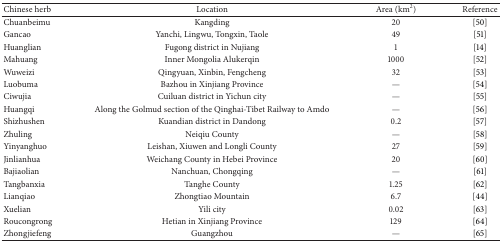
<table><thead><tr><td><b>Chinese herb</b></td><td><b>Location</b></td><td><b>Area (km<sup>2</sup>)</b></td><td><b>Reference</b></td></tr></thead><tbody><tr><td>Chuanbeimu</td><td>Kangding </td><td>20</td><td>[50]</td></tr><tr><td>Gancao</td><td>Yanchi, Lingwu, Tongxin, Taole</td><td>49</td><td>[51]</td></tr><tr><td>Huanglian</td><td>Fugong district in Nujiang</td><td>1</td><td>[14]</td></tr><tr><td>Mahuang</td><td>Inner Mongolia Alukerqin</td><td>1000</td><td>[52]</td></tr><tr><td>Wuweizi</td><td>Qingyuan, Xinbin, Fengcheng</td><td>32 </td><td>[53]</td></tr><tr><td>Luobuma</td><td>Bazhou in Xinjiang Province</td><td>—</td><td>[54]</td></tr><tr><td>Ciwujia</td><td>Cuiluan district in Yichun city </td><td>—</td><td>[55]</td></tr><tr><td>Huangqi</td><td>Along the Golmud section of the Qinghai-Tibet Railway to Amdo</td><td>—</td><td>[56]</td></tr><tr><td>Shizhushen</td><td>Kuandian district in Dandong</td><td>0.2</td><td>[57]</td></tr><tr><td>Zhuling</td><td>Neiqiu County</td><td>—</td><td>[58]</td></tr><tr><td>Yinyanghuo</td><td>Leishan, Xiuwen and Longli County</td><td>27</td><td>[59]</td></tr><tr><td>Jinlianhua</td><td>Weichang County in Hebei Province</td><td>20</td><td>[60]</td></tr><tr><td>Bajiaolian</td><td>Nanchuan, Chongqing</td><td>—</td><td>[61]</td></tr><tr><td>Tangbanxia</td><td>Tanghe County</td><td>1.25</td><td>[62]</td></tr><tr><td>Lianqiao</td><td>Zhongtiao Mountain</td><td>6.7</td><td>[44]</td></tr><tr><td>Xuelian</td><td>Yili city</td><td>0.02</td><td>[63]</td></tr><tr><td>Roucongrong</td><td>Hetian in Xinjiang Province</td><td>129</td><td>[64]</td></tr><tr><td>Zhongjiefeng</td><td>Guangzhou </td><td>—</td><td>[65]</td></tr></tbody></table>